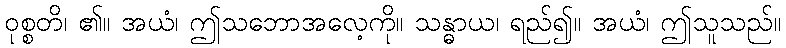
ဝုစ္စတိ၊ ၏။ အယံ၊ ဤသဘောအလေ့ကို။ သန္ဓာယ၊ ရည်၍။ အယံ၊ ဤသူသည်။